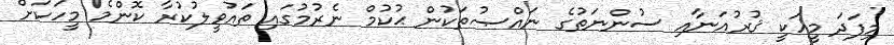
މިފަދަ މީހަކީ ޤުރުއަނާއި ސުންނަތުގެ ނައްޞުތަކުން ޙުކުމް ނެރުމުގައި ތައުވީލުކުރާ ކޮންމެ މީހަކަށް